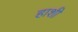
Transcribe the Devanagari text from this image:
हाशी